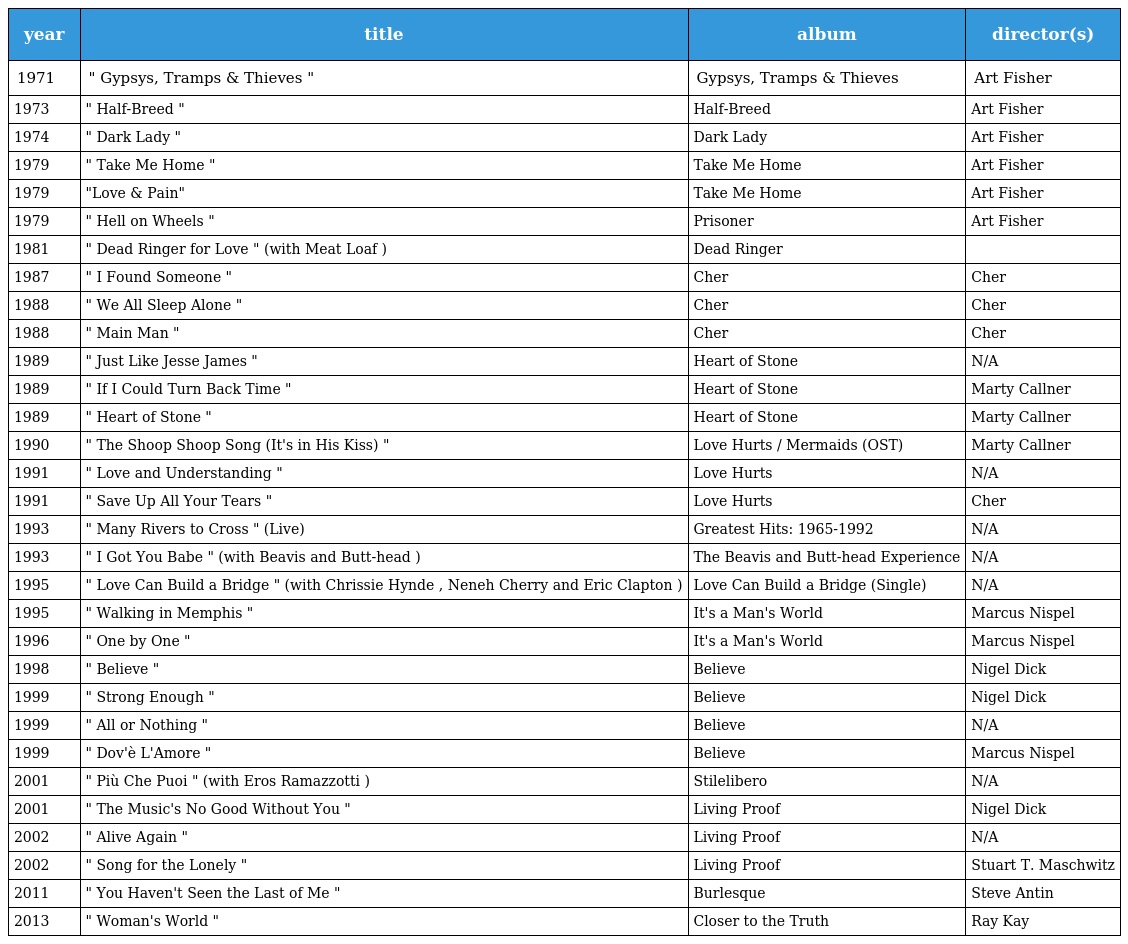
| year | title | album | director(s) |
 | --- | --- | --- | --- |
 | 1971 | " Gypsys, Tramps & Thieves " | Gypsys, Tramps & Thieves | Art Fisher |
 | 1973 | " Half-Breed " | Half-Breed | Art Fisher |
 | 1974 | " Dark Lady " | Dark Lady | Art Fisher |
 | 1979 | " Take Me Home " | Take Me Home | Art Fisher |
 | 1979 | "Love & Pain" | Take Me Home | Art Fisher |
 | 1979 | " Hell on Wheels " | Prisoner | Art Fisher |
 | 1981 | " Dead Ringer for Love " (with Meat Loaf ) | Dead Ringer |  |
 | 1987 | " I Found Someone " | Cher | Cher |
 | 1988 | " We All Sleep Alone " | Cher | Cher |
 | 1988 | " Main Man " | Cher | Cher |
 | 1989 | " Just Like Jesse James " | Heart of Stone | N/A |
 | 1989 | " If I Could Turn Back Time " | Heart of Stone | Marty Callner |
 | 1989 | " Heart of Stone " | Heart of Stone | Marty Callner |
 | 1990 | " The Shoop Shoop Song (It's in His Kiss) " | Love Hurts / Mermaids (OST) | Marty Callner |
 | 1991 | " Love and Understanding " | Love Hurts | N/A |
 | 1991 | " Save Up All Your Tears " | Love Hurts | Cher |
 | 1993 | " Many Rivers to Cross " (Live) | Greatest Hits: 1965-1992 | N/A |
 | 1993 | " I Got You Babe " (with Beavis and Butt-head ) | The Beavis and Butt-head Experience | N/A |
 | 1995 | " Love Can Build a Bridge " (with Chrissie Hynde , Neneh Cherry and Eric Clapton ) | Love Can Build a Bridge (Single) | N/A |
 | 1995 | " Walking in Memphis " | It's a Man's World | Marcus Nispel |
 | 1996 | " One by One " | It's a Man's World | Marcus Nispel |
 | 1998 | " Believe " | Believe | Nigel Dick |
 | 1999 | " Strong Enough " | Believe | Nigel Dick |
 | 1999 | " All or Nothing " | Believe | N/A |
 | 1999 | " Dov'è L'Amore " | Believe | Marcus Nispel |
 | 2001 | " Più Che Puoi " (with Eros Ramazzotti ) | Stilelibero | N/A |
 | 2001 | " The Music's No Good Without You " | Living Proof | Nigel Dick |
 | 2002 | " Alive Again " | Living Proof | N/A |
 | 2002 | " Song for the Lonely " | Living Proof | Stuart T. Maschwitz |
 | 2011 | " You Haven't Seen the Last of Me " | Burlesque | Steve Antin |
 | 2013 | " Woman's World " | Closer to the Truth | Ray Kay |